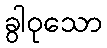
ခွါဝုသော